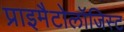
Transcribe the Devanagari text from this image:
प्राइमैटोलॉजिस्ट